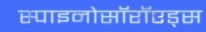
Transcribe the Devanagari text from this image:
स्पाइनोसॉरॉएड्स